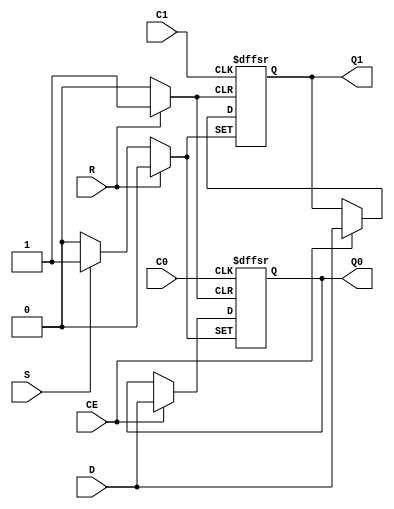
module IDDR2 (Q0, Q1, C0, C1, CE, D, R, S);
    
    output reg Q0;
    output reg Q1;
    
    input C0;
    input C1;
    input CE;
    input D;
    input R;
    input S;


   always @(posedge C0 or posedge R or posedge S) begin
      if(R) begin
	 Q0 <= 0;
      end else if(S) begin
	 Q0 <= 1;
      end else if(CE) begin
	 Q0 <= D;
      end
   end

   always @(posedge C1 or posedge R or posedge S) begin
      if(R) begin
	 Q1 <= 0;
      end else if(S) begin
	 Q1 <= 1;
      end else if(CE) begin
	 Q1 <= D;
      end
   end

   
endmodule